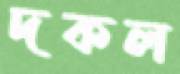
দকল